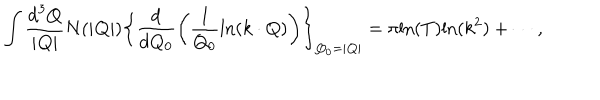
\int \frac { \mathrm { d } ^ { 3 } Q } { | { \bf Q } | } N ( | { \bf Q } | ) \left\{ \frac { \mathrm { d } } { \mathrm { d } Q _ { 0 } } \left( \frac { 1 } { Q _ { 0 } } \mathrm { l n } ( k \cdot Q ) \right) \right\} _ { Q _ { 0 } = | { \bf Q } | } = \pi \mathrm { l n } ( T ) \mathrm { l n } ( k ^ { 2 } ) + \cdots ,